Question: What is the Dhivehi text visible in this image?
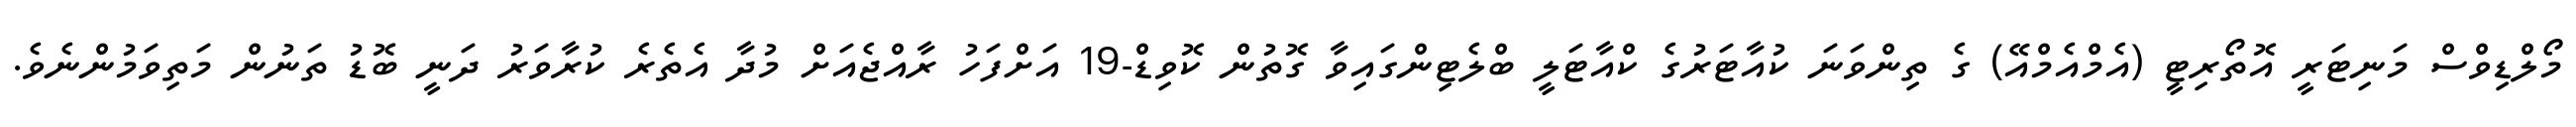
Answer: މޯލްޑިވްސް މަނިޓަރީ އޮތޯރިޓީ (އެމްއެމްއޭ) ގެ ތިންވަނަ ކުއާޓަރުގެ ކްއާޓަލީ ބްލެޓިންގައިވާ ގޮތުން ކޮވިޑް-19 އަށްފަހު ރާއްޖެއަށް މުދާ އެތެރެ ކުރާވަރު ދަނީ ބޮޑު ތަނުން މަތިވަމުންނެވެ.